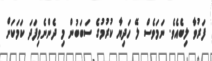
ފަރުވާ ލިބެއެވެ. ނަމަވެސް ލޭ ހަދިޔާ ކުރުމުގެ ސަބަބުން މި ދެންނެވިފަދަ ކަމަކަށް